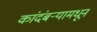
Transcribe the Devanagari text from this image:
कांदंबर्‍यामधून